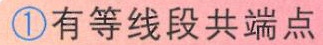
\textcircled{1}有等线段共端点